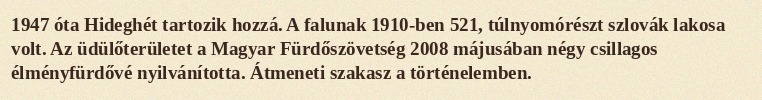
1947 óta Hideghét tartozik hozzá. A falunak 1910-ben 521, túlnyomórészt szlovák lakosa volt. Az üdülőterületet a Magyar Fürdőszövetség 2008 májusában négy csillagos élményfürdővé nyilvánította. Átmeneti szakasz a történelemben.